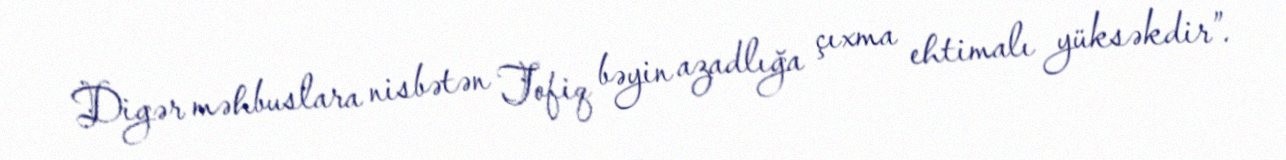
Digər məhbuslara nisbətən Tofiq bəyin azadlığa çıxma ehtimalı yüksəkdir”.